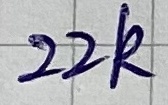
Text: 22k